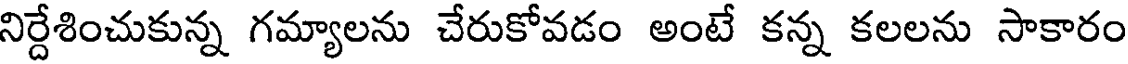
నిర్దేశించుకున్న గమ్యాలను చేరుకోవడం అంటే కన్న కలలను సాకారం